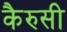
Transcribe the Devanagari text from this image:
कैरुसी